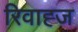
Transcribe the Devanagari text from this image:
रिवाह्ज